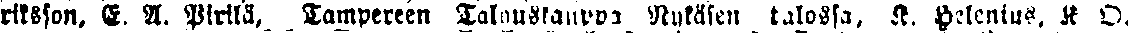
riksson, E. A. Pirilä, Tampereen Talouskauppa Rykäsen talossa, K. Helenius, K. O.